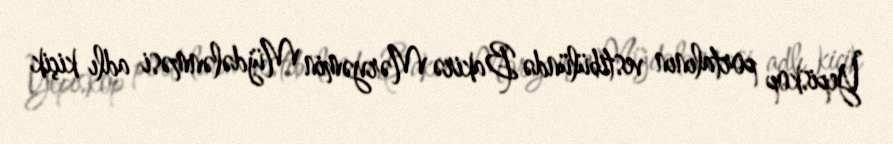
Yepiskop portalının vestibülündə Bakirə Məryəmin Müjdələnməsi adlı kiçik